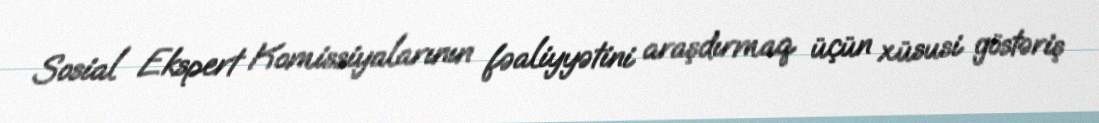
Sosial Ekspert Komissiyalarının fəaliyyətini araşdırmaq üçün xüsusi göstəriş